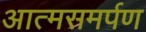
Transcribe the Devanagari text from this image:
आत्‍मसमर्पण